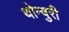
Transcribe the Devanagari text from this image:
थोन्बुरी